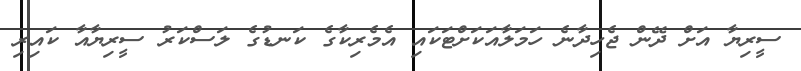
ސީރިޔާ އަށް ދޭން ޖެހިދާނެ ހަމަލާއަކަށްޓަކައި އެމެރިކާގެ ކަނޑުގެ ލަސްކަރު ސީރިޔާއާ ކައިރި